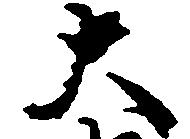
大